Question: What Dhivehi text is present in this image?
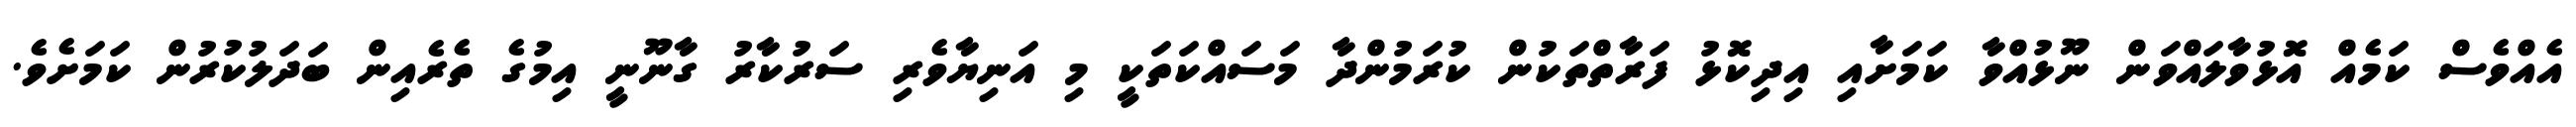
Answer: އެއްވެސް ކަމެއް އޮޅުވާލައްވަން ނޫޅުއްވާ ކަމަށާއި އިދިކޮޅު ފަރާތްތަކުން ކުރަމުންދާ މަސައްކަތަކީ މި އަނިޔާވެރި ސަރުކާރު ގާނޫނީ އިމުގެ ތެރެއިން ބަދަލުކުރުން ކަމަށެވެ.